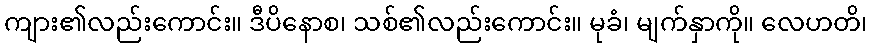
ကျား၏လည်းကောင်း။ ဒီပိနောစ၊ သစ်၏လည်းကောင်း။ မုခံ၊ မျက်နှာကို။ လေဟတိ၊